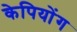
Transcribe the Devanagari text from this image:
केपियोंग